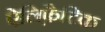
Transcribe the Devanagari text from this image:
ऐलिफ़ैटिक